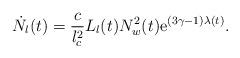
LaTeX: \begin{align*}\dot N_l(t) = \frac{c}{l^2_c} L_l(t) N^2_w(t) \mathrm{e}^{(3\gamma-1)\lambda(t)}.\end{align*}